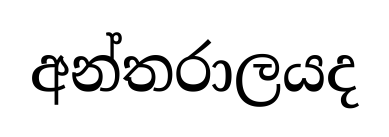
අන්තරාලයද